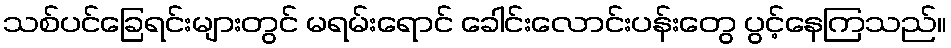
သစ်ပင်ခြေရင်းများတွင် မရမ်းရောင် ခေါင်းလောင်းပန်းတွေ ပွင့်နေကြသည်။